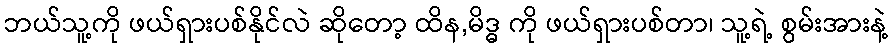
ဘယ်သူ့ကို ဖယ်ရှားပစ်နိုင်လဲ ဆိုတော့ ထိန,မိဒ္ဓ ကို ဖယ်ရှားပစ်တာ၊ သူ့ရဲ့ စွမ်းအားနဲ့